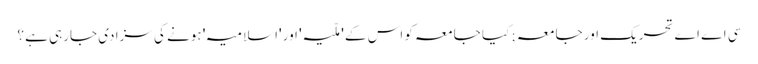
سی اے اے تحریک اور جامعہ ; کیا جامعہ کو اس کے 'ملّیہ' اور 'اسلامیہ' ہونے کی سزا دی جارہی ہے ؟